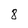
Character: 8